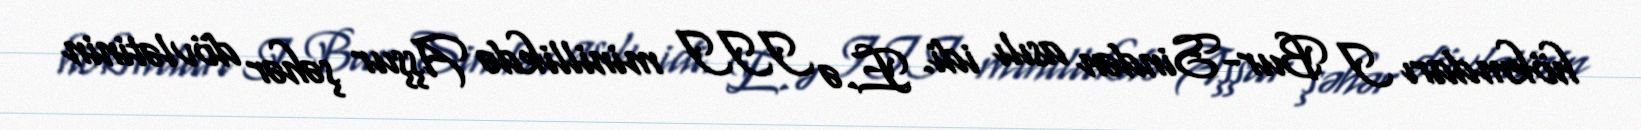
hökmdarı I Bur-Sindən asılı idi. E.ə III minillikdə Aşşur şəhər dövlətinin